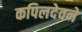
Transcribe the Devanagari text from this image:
कपिलदेवने